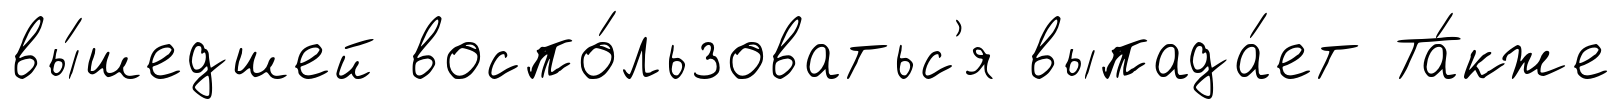
вы́шедшей воспо́льзоватьс'я выпада́ет Та́кже